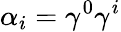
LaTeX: \alpha_{i}=\gamma^{0}\gamma^{i}